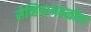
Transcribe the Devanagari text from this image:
सेव्हियाजवळील